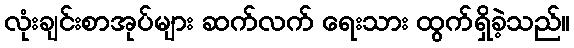
လုံးချင်းစာအုပ်များ ဆက်လက် ရေးသား ထွက်ရှိခဲ့သည်။